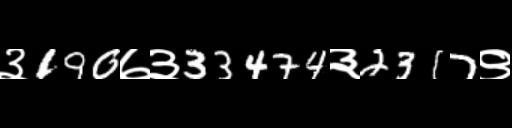
Text: ३190७३33474३2317९